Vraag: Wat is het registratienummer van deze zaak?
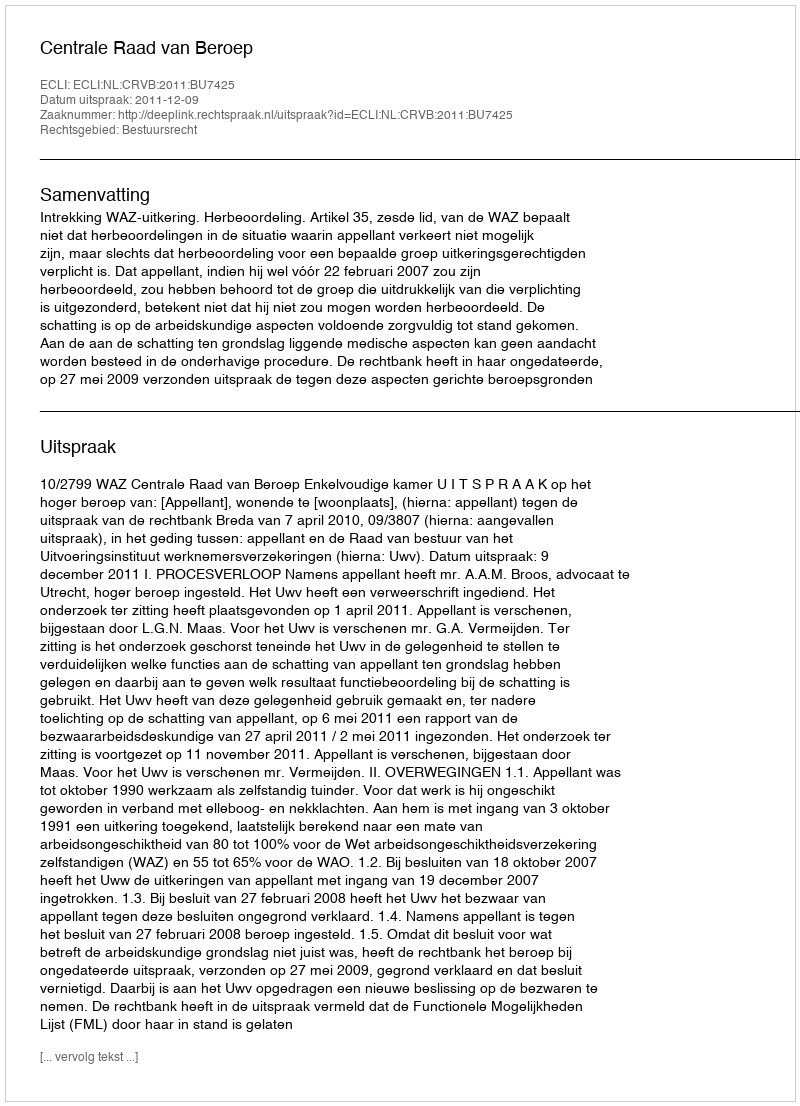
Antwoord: http://deeplink.rechtspraak.nl/uitspraak?id=ECLI:NL:CRVB:2011:BU7425